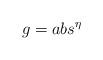
LaTeX: \begin{align*} g=abs^{\eta}\end{align*}